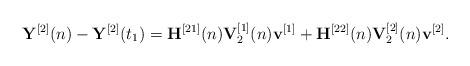
LaTeX: \begin{align*}{{\bf{Y}}^{[2]}}(n) - {{\bf{Y}}^{[2]}}({t_1}) = {{\bf{H}}^{[21]}}(n){\bf{V}}_2^{[1]}(n){{\bf{v}}^{[1]}} + {{\bf{H}}^{[22]}}(n){\bf{V}}_2^{[2]}(n){{\bf{v}}^{[2]}}.\end{align*}